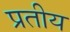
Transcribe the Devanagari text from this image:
प्रतीय